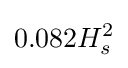
0.082H_{s}^{2}